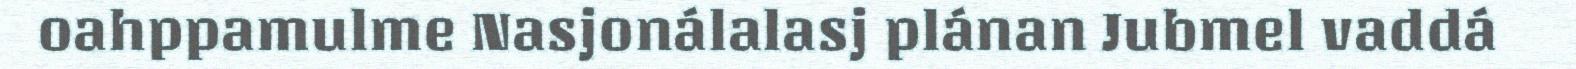
oahppamulme Nasjonálalasj plánan Jubmel vaddá